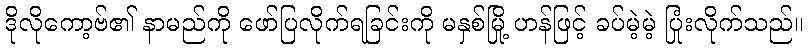
ဒိုလိုကော့ဗ်၏ နာမည်ကို ဖော်ပြလိုက်ရခြင်းကို မနှစ်မြို့ ဟန်ဖြင့် ခပ်မဲ့မဲ့ ပြုံးလိုက်သည်။